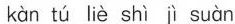
kàn tú liè shì jì suàn